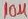
Text: 10µF